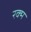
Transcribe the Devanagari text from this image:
रक्म